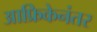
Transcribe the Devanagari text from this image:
आफ्रिकेनंतर